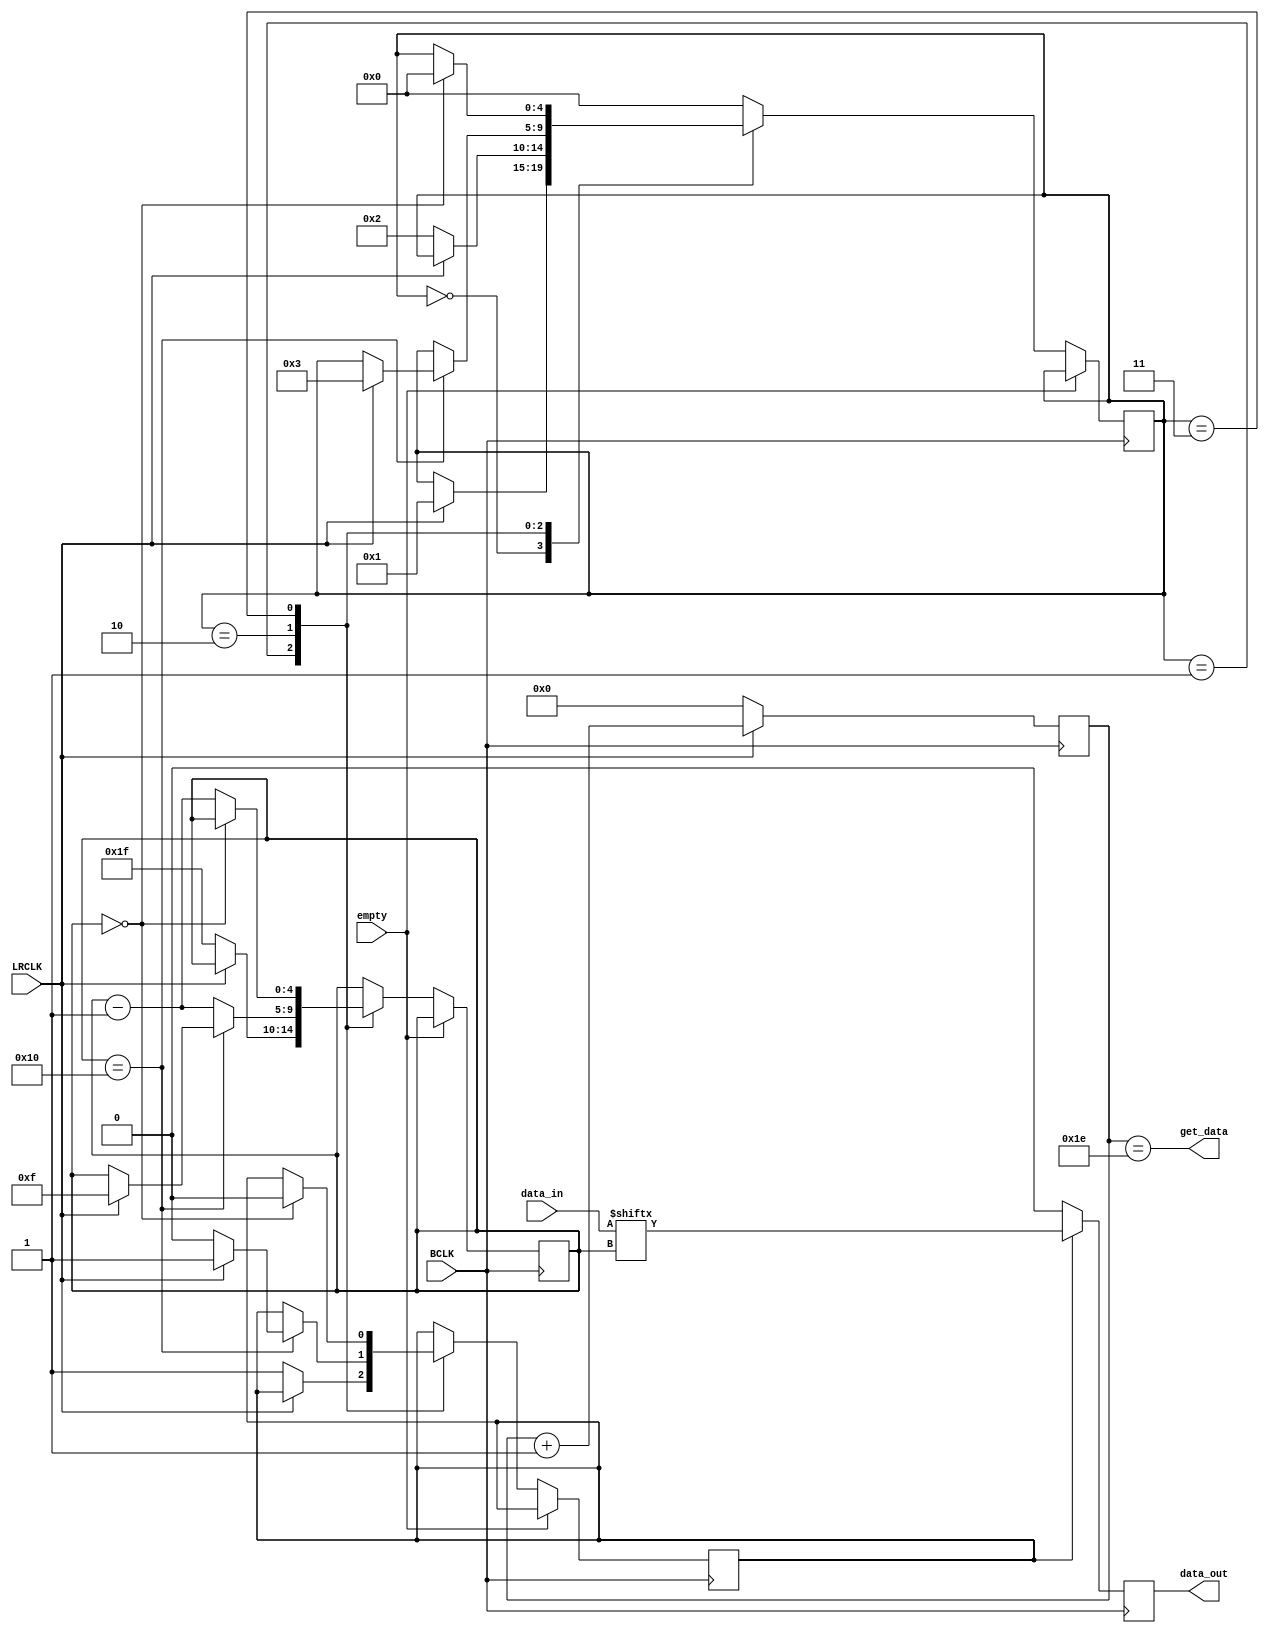
// audio_I2S.v

//
//  HPSDR - High Performance Software Defined Radio
//
//  Angelia code. 
//
//  This program is free software; you can redistribute it and/or modify
//  it under the terms of the GNU General Public License as published by
//  the Free Software Foundation; either version 2 of the License, or
//  (at your option) any later version.
//
//  This program is distributed in the hope that it will be useful,
//  but WITHOUT ANY WARRANTY; without even the implied warranty of
//  MERCHANTABILITY or FITNESS FOR A PARTICULAR PURPOSE.  See the
//  GNU General Public License for more details.
//
//  You should have received a copy of the GNU General Public License
//  along with this program; if not, write to the Free Software
//  Foundation, Inc., 59 Temple Place, Suite 330, Boston, MA  02111-1307  USA

// (C) Phil Harman VK6PH - 2014 

/*

		LRCLK    ---------------+													   +-----------------------------------------+
										|													   |														|
										+-----------------------------------------+														+-----

		BCLK      --+  +--+  +--+  +--+  +--+  +--+  +--+  +--+  +--+  +--+  +--+  +--+  +--+  +--+  +--+  +--+  +--+  +--+
					   |  |  |  |  |  |  |  |  |  |  |  |  |  |  |  |  |  |  |  |  |  |  |  |  |  |  |  |  |  |  |  |  |  |  |
					   +--+  +--+  +--+  +--+  +--+  +  +  +--+  +--+  +  +  +--+  +--+  +--+  +  +  +--+  +--+  +  +  +--+  +--

		DIN       --------------------+-----+-----+-- --+-----+-----+ --    ----+-----+-- --+-----+-----+-----+------
		(data bit)							| 31  | 30  |  // |  17 |  16 |  15 //    | 15  | 14  |     |  1  |  0  |
					 --------------------+-----+-----+-- --+-----+-----+ --    ----+-----+-----+-- --+-----+-----+------
												<-----------  left channel ---------------><----------- right channel --------------> 
												
								+-----+																										+-----+
								|	   |																										|     |
		get_data	---------+		+-----------------------------------------------------------------------------+	   +-----------------  				
												
												
												
		TLV320 is in slave, I2S mode.
		
		NOTE:  BCLK in PLL_IF is set at 180 degrees so that LRCLK changes on negative edge to comply with I2S format 					 
					 
*/

// 

module audio_I2S 
	( 
		input [31:0]data_in,
		input empty,
		input BCLK,
		input LRCLK,
		output get_data,
		output reg data_out	
	);
	
	
reg [4:0] state;
reg [4:0] data_count;
reg shift = 0;

always @ (posedge BCLK)
begin 
	if(!empty)		// only run code if fifo has data available
	begin
		case (state)

		0:	begin
				if (LRCLK) state <= 1;		// loop until LRCLK is high
			end 
			
		1:  begin 
				if (!LRCLK) begin 		// loop until LRCLK is low
					shift <= 1;
					data_count <= 5'd31;
					state <= 2;
				end
			end
			
		2: begin
				if (data_count == 16) begin 
					shift <= 0;
					if(LRCLK) begin 
						data_count <= 15;
						shift <= 1;
						state <= 3;
					end 			
				end 
				else begin
					data_count <= data_count - 5'd1;
				end
			end
			
		3:	begin 
				if (data_count == 0) begin
					shift <= 0;
					state <= 0;
				end
				else data_count <= data_count - 5'd1;
			end 
			
		default: state <= 0;
		endcase
	end 
end 

// clock data out on negedge of BCLK so it can be read on postive edge by TLV320	
// request data just before falling edge of LRCLK 
reg [5:0] get_count;		
always @ (negedge BCLK)
begin 
		if (shift) data_out <= data_in[data_count];
		else data_out <= 0;
		if (!LRCLK) get_count <= 0;
		else get_count <= get_count + 6'd1;
end 
			
assign get_data = (get_count == 6'd30); //  & !empty);  // only request data if fifo is not empty
			
			
endmodule